Notes on vaccination in the North-West Frontier Province 1923-1928 - 1923-1928
Year: 1923
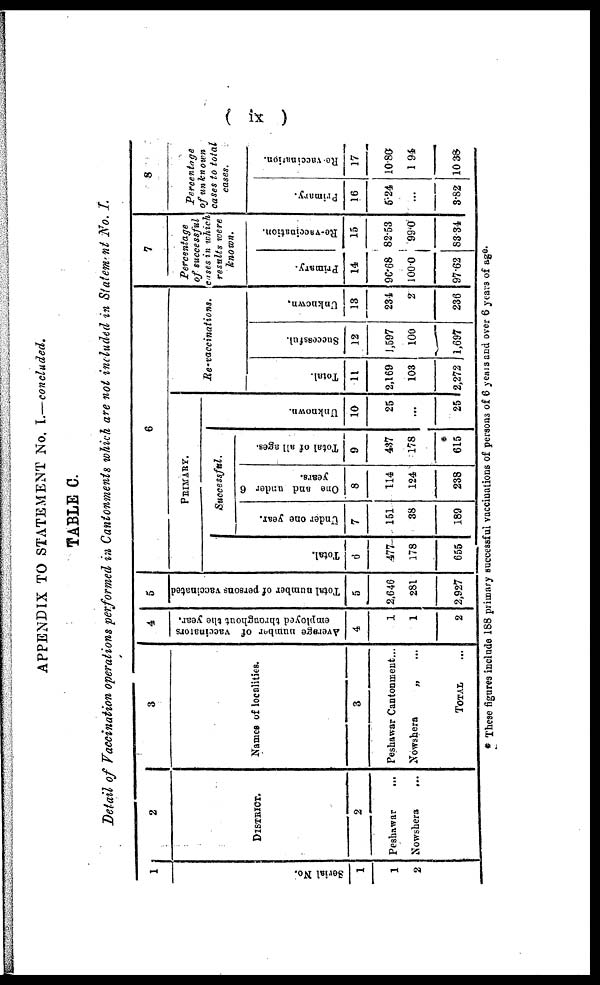
( ix )
APPENDIX TO STATEMENT No. I.—concluded.
TABLE C.
Detail of Vaccination operations performed in Canlonments which are not induded in Statement No. I.
1
Serial No.
1
1
2
2
DISTRICT.
2
Peshawar ...
Nowshera ...
3
Names of localities.
3
Peshawar Cantonment...
Nowshera
„ ...
TOTAL ...
4
Average number of vaccinators
employed throughout the year.
4
1
1
2
5
Total number of persons vaccinated
5
2,646
281
2,927
6
PRIMARY.
Total.
6
477
178
655
Successful.
Under one year.
7
151
38
189
One and under 6
years.
8
114
124
238
Total of all ages.
9
487
178
615
Unknown.
10
25
...
25
Re-vaccinations.
Total.
11
2,169
103
2,272
Successful.
12
1,597
100
1,697
Unknown.
13
234
2
236
7
Percentage
of successful
cases in which
results were
known.
Primary.
14
96.68
100.0
97.62
Re-vaccination.
15
82.53
99.0
83.34
8
Percentage
of unknown
cases to total
cases.
Primary.
16
5.24
...
3.82
Re-vaccination.
17
10.80
1.94
10.38
* These figures include 188 primary successful vaccinations of persons of 6 years and over 6 years of age.